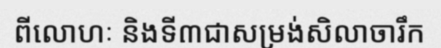
ពីលោហៈ និងទី៣ជាសម្រង់សិលាចារឹក